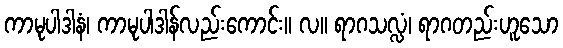
ကာမုပါဒါနံ၊ ကာမုပါဒါန်လည်းကောင်း။ လ။ ရာဂသလ္လံ၊ ရာဂတည်းဟူသော